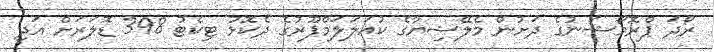
ރޯދަ ޕްރޮމޯޝަނުގެ ދަށުން މެލޭޝިޔާގެ ކުއަލަލަމްޕޫރުގެ ދެކޮޅު ޓިކެޓު 398 ޑޮލަރަށް އަދި